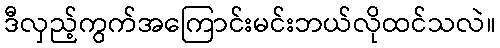
ဒီလှည့်ကွက်အကြောင်းမင်းဘယ်လိုထင်သလဲ။